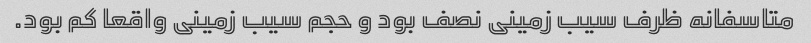
متاسفانه ظرف سیب زمینی نصف بود و حجم سیب زمینی واقعا کم بود.